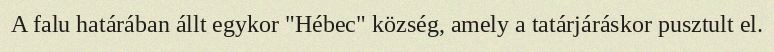
A falu határában állt egykor "Hébec" község, amely a tatárjáráskor pusztult el.